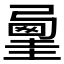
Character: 𡐲